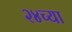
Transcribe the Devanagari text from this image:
२४च्या